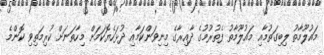
މައުލޫމާތު ލިބިގަތުމާއި މައުލޫމާތު ފެތުރުމުގެ ދާއިރާގެ މިނިވަންކަމާއި ދުޅަހެޔޮކަމަށް މިހާތަނަށް ކުރިމަތިވި ކޮންމެ